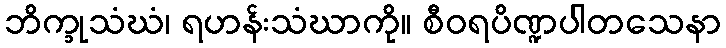
ဘိက္ခုသံဃံ၊ ရဟန်းသံဃာကို။ စီဝရပိဏ္ဍပါတသေနာ